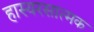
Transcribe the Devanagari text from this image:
हास्यरसात्मक